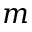
m